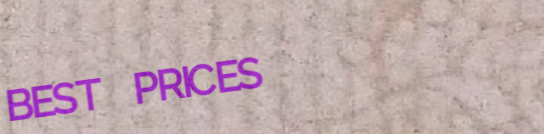
BEST PRICES